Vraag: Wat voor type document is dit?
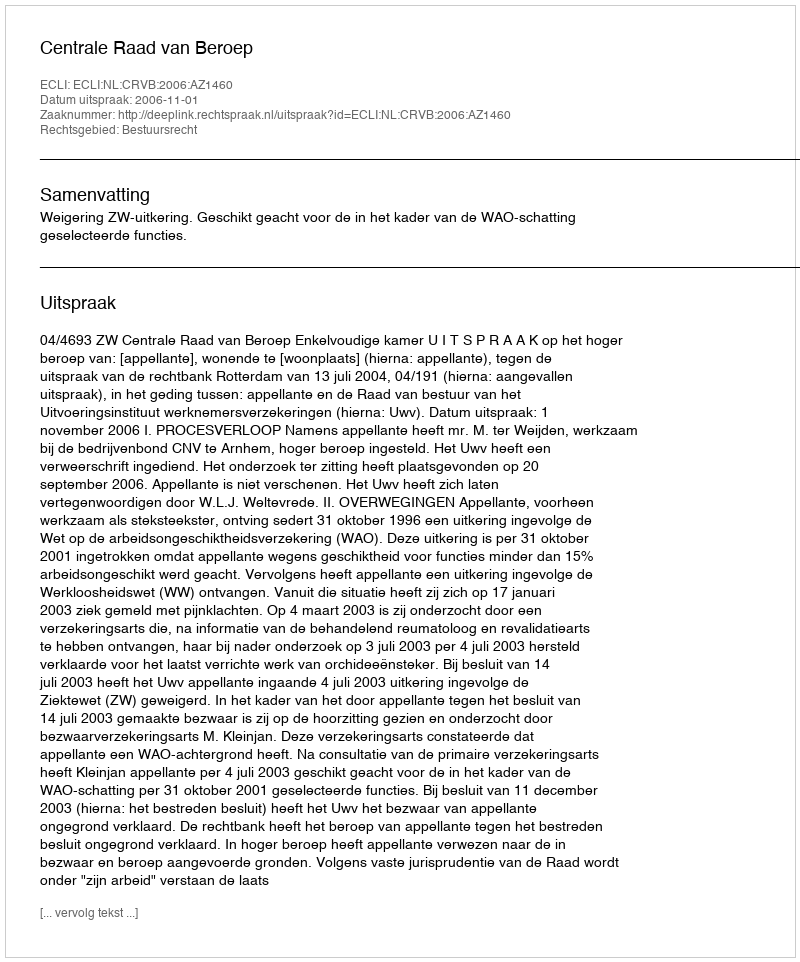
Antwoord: Uitspraak